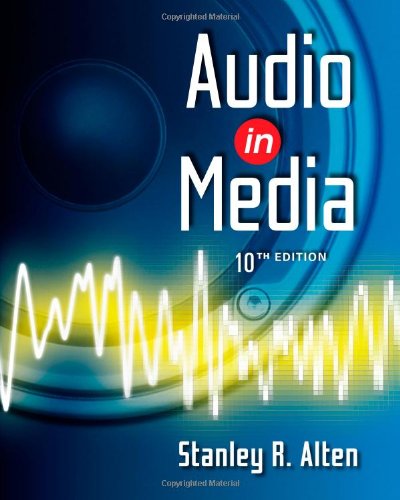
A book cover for Audio in Media (Wadsworth Series in Broadcast and Production); Stanley R. Alten; Humor & Entertainment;